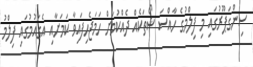
ސިންގަޕޫރުގައި މި ފިލްމުގެ ހާއްސަ ޝޯތަކެއް ދެއްކުމަށް ހަމަޖެހިފައިވާ ކަމަށާއި އެގައުމުގައި ފިލްމު